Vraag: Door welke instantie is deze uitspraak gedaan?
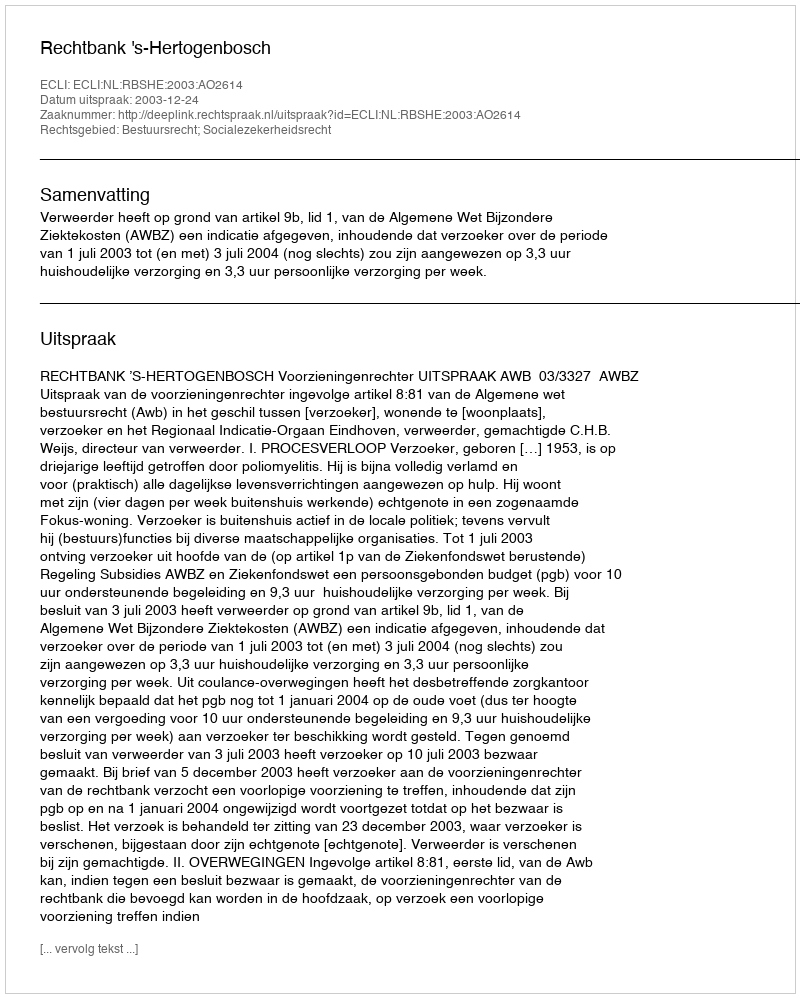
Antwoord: Rechtbank 's-Hertogenbosch